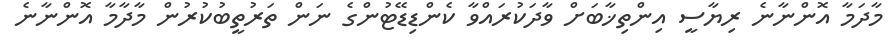
މާދަމާ އޮންނާނެ ރިޔާސީ އިންތިޚާބަށް ވާދަކުރައްވާ ކެންޑިޑޭޓުންގެ ނަން ތަރުތީބުކުރުން މާދާމާ އޮންނާނެ